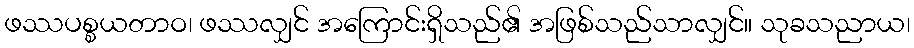
ဖဿပစ္စယတာဝ၊ ဖဿလျှင် အကြောင်းရှိသည်၏ အဖြစ်သည်သာလျှင်။ သုခသညာယ၊